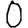
Digit: 0